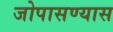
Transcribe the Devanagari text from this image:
जोपासण्यास